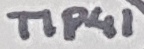
Text: TIP41